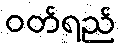
ဝတ်ရည်